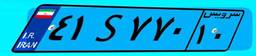
۴۲S۷۳۹۱۲